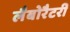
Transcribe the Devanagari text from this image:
लैबोरैटरी